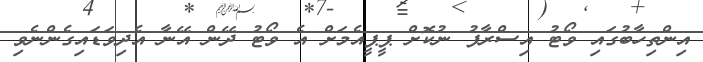
އިންތިހާބުގައި ވޯޓު އިސްރާފު ނުކޮށް ޕީޕީއެމަށް އެ ވޯޓު ދޭން އޭނާ އެދިވަޑައިގެންނެވި